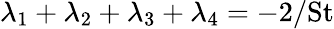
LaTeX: \lambda_{1}+\lambda_{2}+\lambda_{3}+\lambda_{4}=-2/\textrm{St}